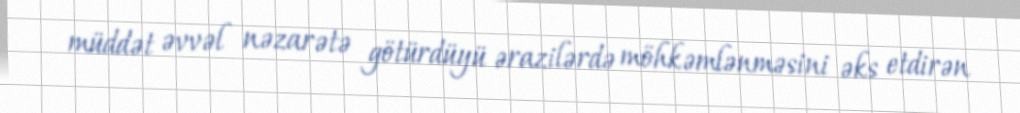
müddət əvvəl nəzarətə götürdüyü ərazilərdə möhkəmlənməsini əks etdirən